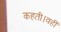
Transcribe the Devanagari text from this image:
कहती।वहीं